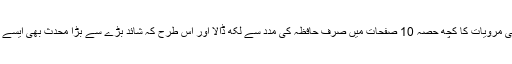
انہوں نے اپنی مرویات کا کچھ حصہ 10 صفحات میں صرف حافظہ کی مدد سے لکھ ڈالا اور اس طرح کہ شائد بڑے سے بڑا محدث بھی ایسے نہ لکھ سکتا۔